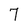
Character: 7